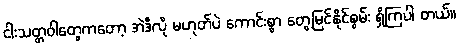
ငါးသတ္တဝါတွေကတော့ အဲဒီလို မဟုတ်ပဲ ကောင်းစွာ တွေ့မြင်နိုင်စွမ်း ရှိကြပါ တယ်။